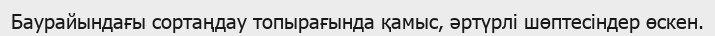
Баурайындағы сортаңдау топырағында қамыс, әртүрлі шөптесіндер өскен.